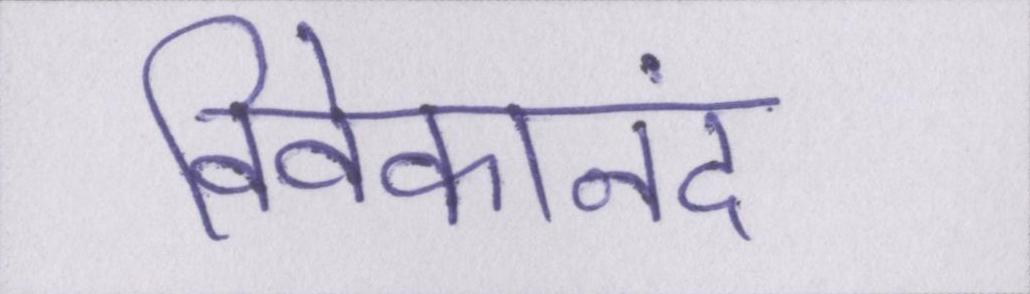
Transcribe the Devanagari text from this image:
विवेकानंद